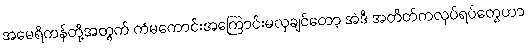
အမေရိကန်တို့အတွက် ကံမကောင်းအကြောင်းမလှချင်တော့ အဲဒီ အတိတ်ကလုပ်ရပ်တွေဟာ